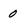
Character: 0